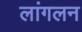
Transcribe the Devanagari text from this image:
लांगलन